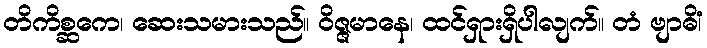
တိကိစ္ဆကေ၊ ဆေးသမားသည်။ ဝိဇ္ဇမာနေ၊ ထင်ရှားရှိပါလျက်။ တံ ဗျာဓိံ၊